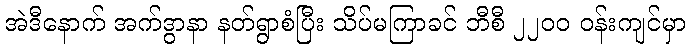
အဲဒီနောက် အက်ဒွာနာ နတ်ရွာစံပြီး သိပ်မကြာခင် ဘီစီ ၂၂၀၀ ဝန်းကျင်မှာ